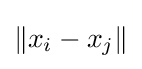
\|x_{i}-x_{j}\|